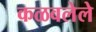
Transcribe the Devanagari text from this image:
कळवलेले